V__Kingissepa_nim__kolhoos, lk 73
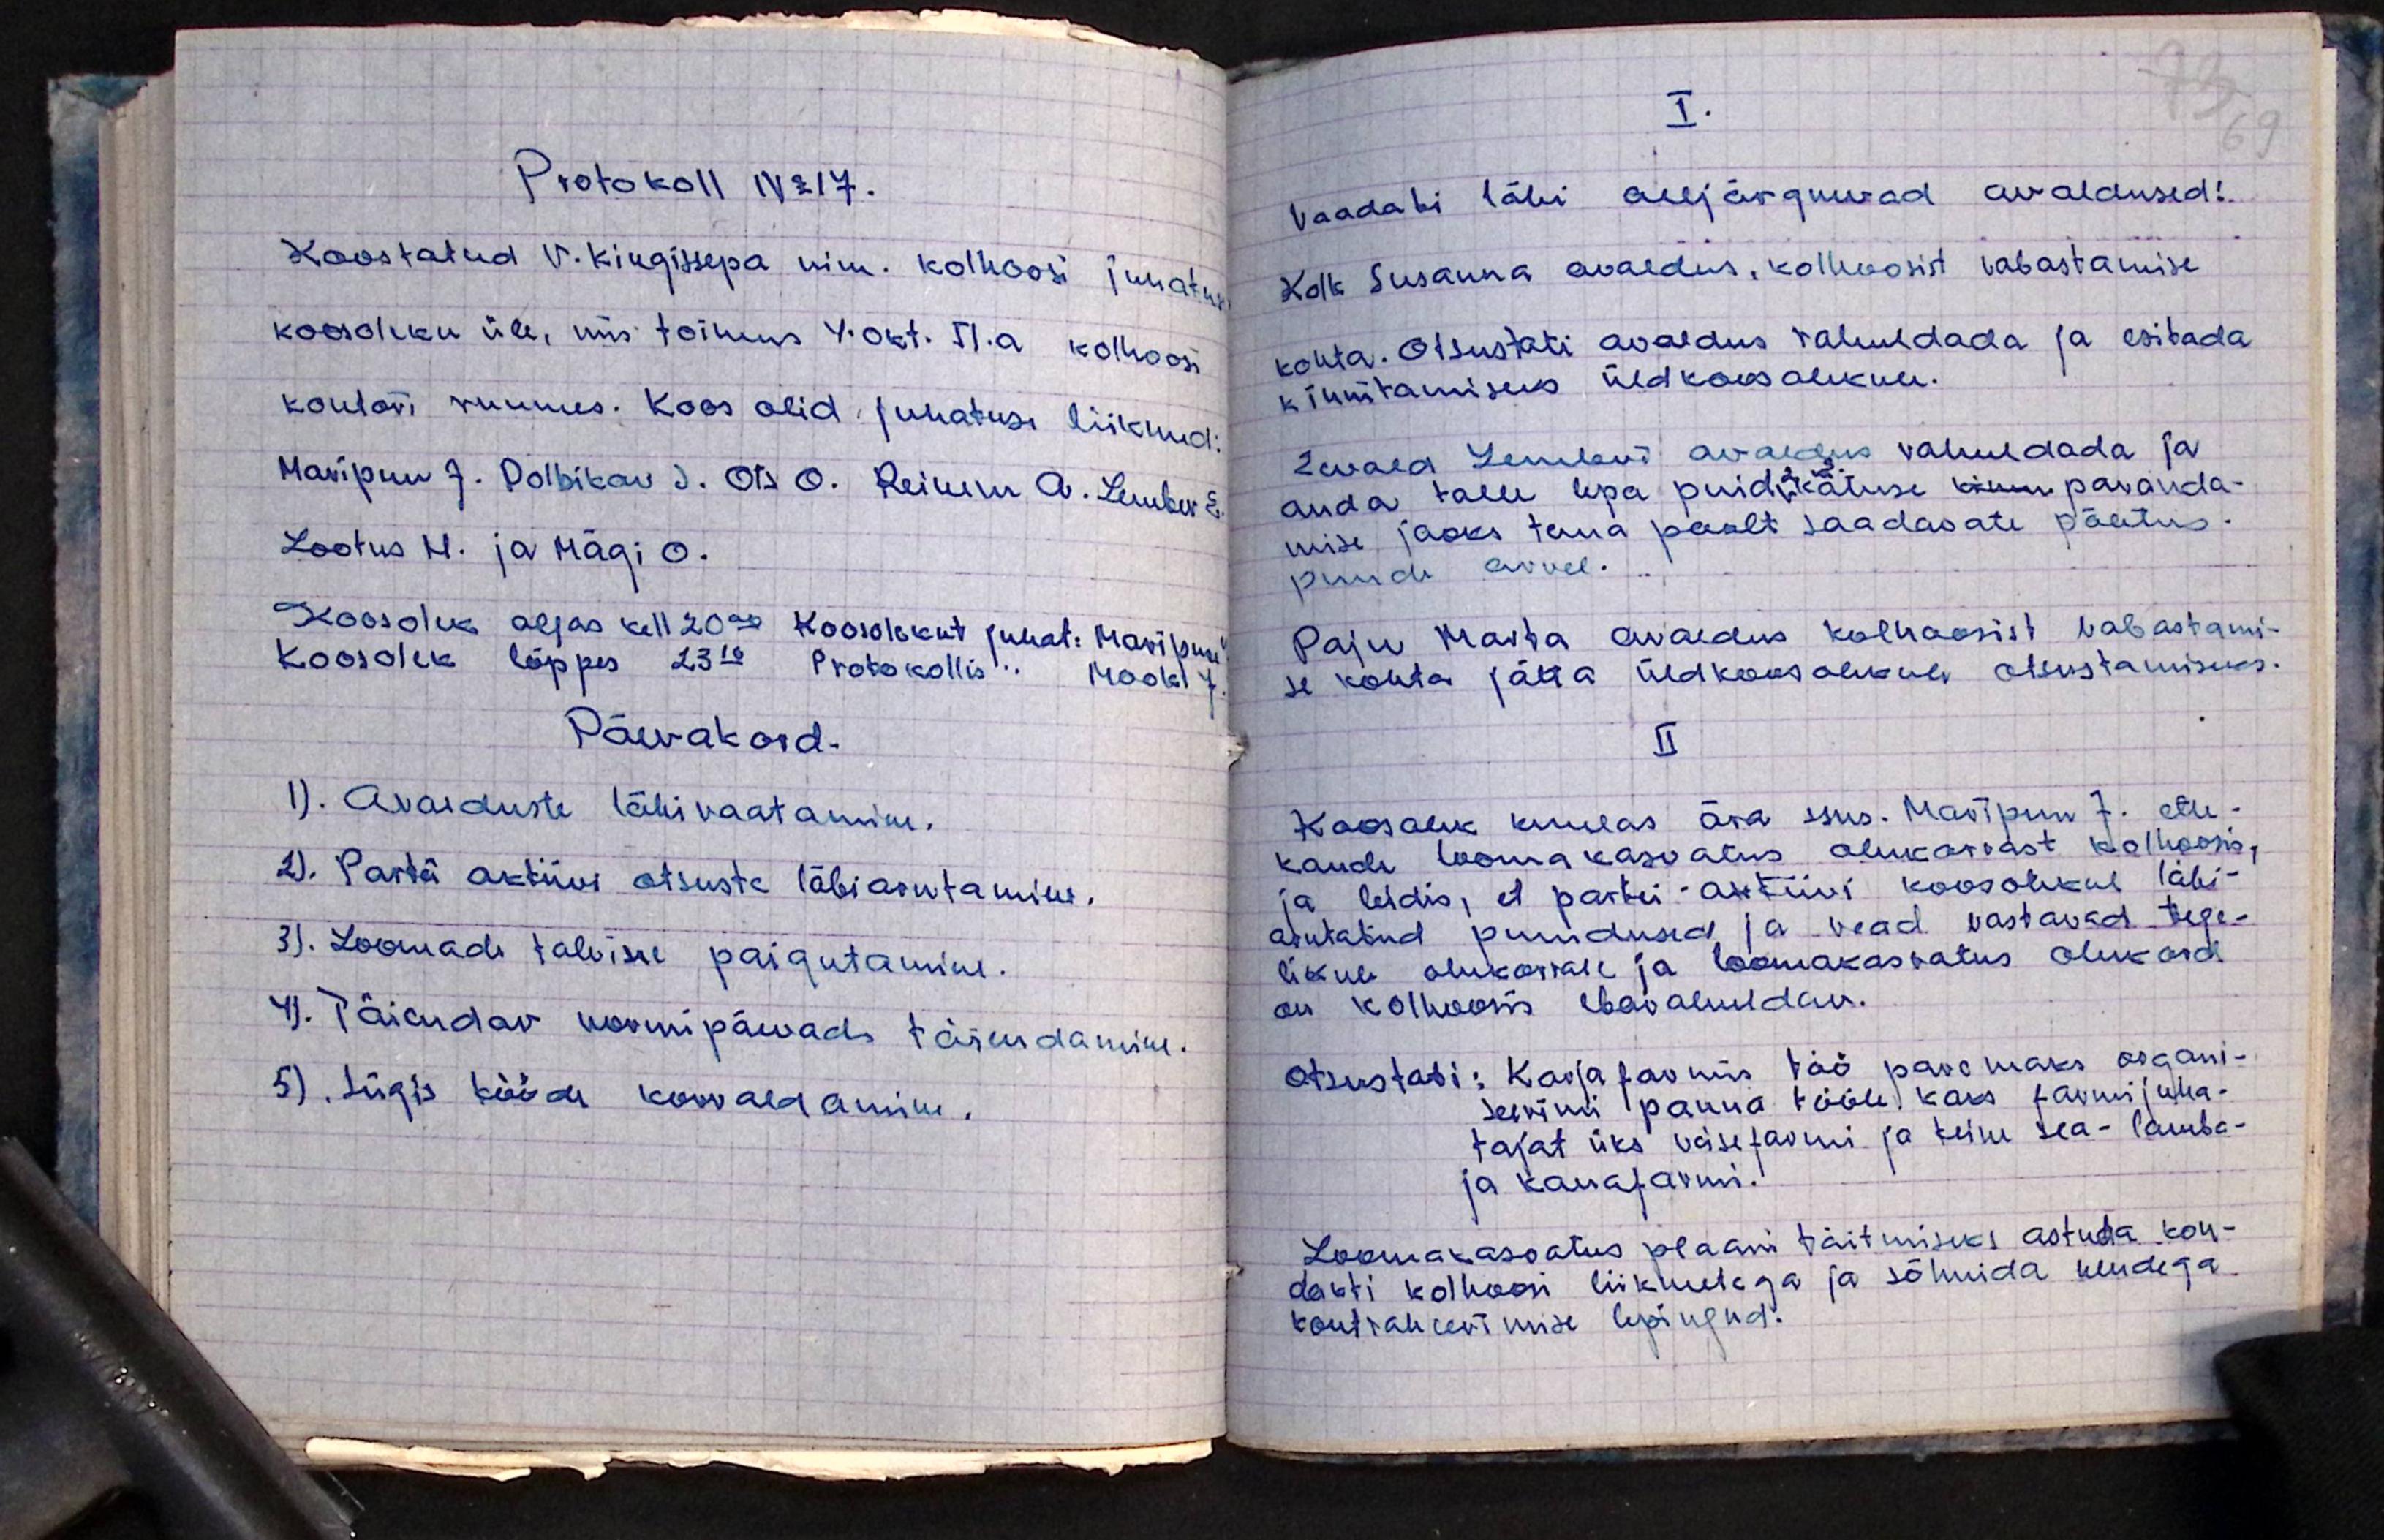
Protokoll N 17.
Koostatud V. Kingissepa nim. kolhoosi juhatus
koosoleku üle, mis toimus 4. okt. 51. a. kolhoosi
kontori ruumes. Koos olid juhatuse liikmed:
Maripuu 7. Polbikov s. Ots O. Reinem A. Lember E.
Lootus H. ja Mägi O.
Koosolek algas kell 20.00 koosoleku juhat: Maripuu
Koosolek lõppes 23.10 Protokollis Mook J.
Päevakord.
1). Avalduste läbivaatamine.
2). Partei aktiivi otsuste läbiarutamine.
3). Loomade talvine paigutamine.
4). Täiendav normipäevad täiendamine.
5). Sügis tööde korraldamine.

I.
Vaadabi läbi alljärgnevad avaldused:
Kolk Susanna avaldus, kolhoosist vabastamise
kohta. Otsustati avaldus rahuldada ja esitada
kinnitamiseks üldkoosolekul.
Eevald Lemberi avaldus rahuldada ja
anda talle lepa puid katuse kuu paranda-
mise jaoks tema pealt saadavate põutus.
puudu arvel.
Paju Marta avaldus kolhoosist vabastami-
se kohta jätta üldkoosolekule otsustamiseks.
II
Koosolek kuulas ära sms. Maripuu J. ette-
kande looma kasvatus olukorrast kolhoosis,
ja leidis, et partei aktiivi koosolekul läbi-
arutatud puudused ja vead vastavad tege-
likule olukorrale ja loomakasvatus olukord
on kolhoosis ebarahuldav.
otsustati: Karja farmis töö paremaks organi-
seerimi panna tööle, kaks farmi juha-
tajat üks veisefarmi ja teine sea-lamba-
ja kanafarmi.
Loomakasvatus plaani täitmiseks astuda kon-
takti kolhoosi liikmetega ja sõlmida nendega
kontrakteerimise lepingud.